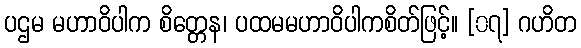
ပဌမ မဟာဝိပါက စိတ္တေန၊ ပထမမဟာဝိပါကစိတ်ဖြင့်။ [၀၇] ဂဟိတ